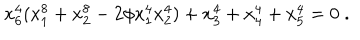
x _ { 6 } ^ { 4 } ( x _ { 1 } ^ { 8 } + x _ { 2 } ^ { 8 } - 2 \phi x _ { 1 } ^ { 4 } x _ { 2 } ^ { 4 } ) + x _ { 3 } ^ { 4 } + x _ { 4 } ^ { 4 } + x _ { 5 } ^ { 4 } = 0 \; .